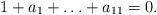
\begin{align*}1+a_1+\ldots+a_{11}=0.\end{align*}